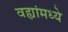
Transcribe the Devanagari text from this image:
वह्यांमध्ये